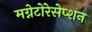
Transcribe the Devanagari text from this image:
मग्नेटोरेसेप्शन